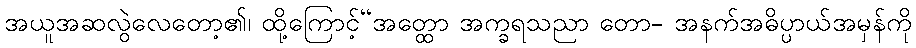
အယူအဆလွဲလေတော့၏၊ ထို့ကြောင့်“အတ္ထော အက္ခရသညာ တော- အနက်အဓိပ္ပာယ်အမှန်ကို